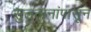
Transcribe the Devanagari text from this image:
सुलतानांपासून